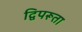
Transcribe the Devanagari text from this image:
द्विपरूता